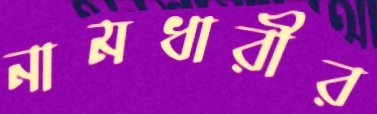
নামধারীর